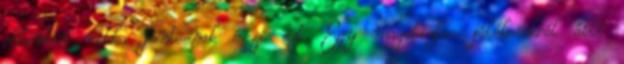
ellenben ritka fontosnak érzi ezt. Egy magabiztos játékosokból álló